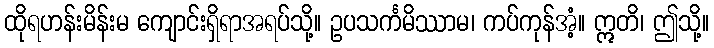
ထိုရဟန်းမိန်းမ ကျောင်းရှိရာအရပ်သို့။ ဥပသင်္ကမိဿာမ၊ ကပ်ကုန်အံ့။ ဣတိ၊ ဤသို့။